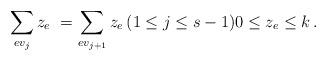
LaTeX: \begin{align*}\sum_{e v_j} z_e \ = \sum_{e v_{j+1}} z_e \, (1 \le j \le s-1) 0 \le z_e \le k \, .\end{align*}